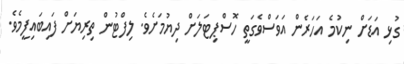
ގުޅި އަޑަށް ނިކުމެ އަހަރެން އަވަސްވެގަތީ ހޮސްޕިޓަލަށް ދިޔުމަށެވެ. ލިފްޓުން ތިރިޔަށް ފައިބައިފީމެވެ.